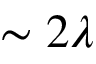
\sim 2 \lambda